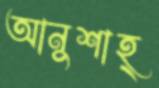
আনুশাহ্